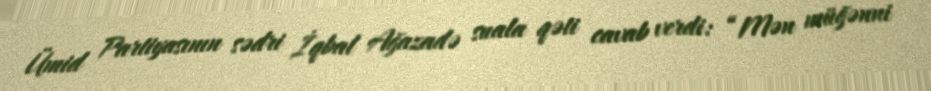
Ümid Partiyasının sədri İqbal Ağazadə suala qəti cavab verdi: “Mən müğənni